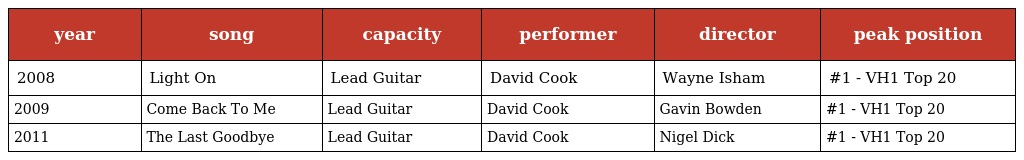
| year | song | capacity | performer | director | peak position |
 | --- | --- | --- | --- | --- | --- |
 | 2008 | Light On | Lead Guitar | David Cook | Wayne Isham | #1 - VH1 Top 20 |
 | 2009 | Come Back To Me | Lead Guitar | David Cook | Gavin Bowden | #1 - VH1 Top 20 |
 | 2011 | The Last Goodbye | Lead Guitar | David Cook | Nigel Dick | #1 - VH1 Top 20 |